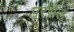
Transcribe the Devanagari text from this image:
परसेल